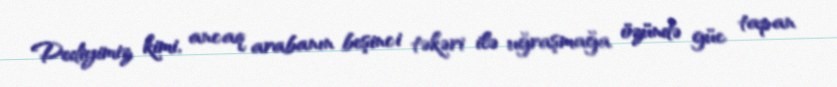
Dediyimiz kimi, ancaq arabanın beşinci təkəri ilə uğraşmağa özündə güc tapan